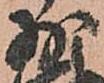
少